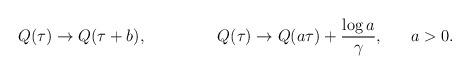
LaTeX: \begin{align*}Q(\tau)\rightarrow Q(\tau +b),~~~~~~~~~~~~~Q(\tau)\rightarrow Q(a\tau)+\frac{\log a}{\gamma},~~~~~a>0.\end{align*}